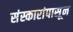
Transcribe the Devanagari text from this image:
संस्कारांपासून